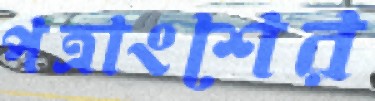
পত্রাংশের